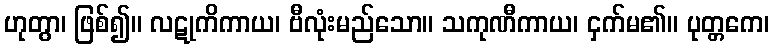
ဟုတွာ၊ ဖြစ်၍။ လဋုကိကာယ၊ ဗီလုံးမည်သော။ သကုဏီကာယ၊ ငှက်မ၏။ ပုတ္တကေ၊